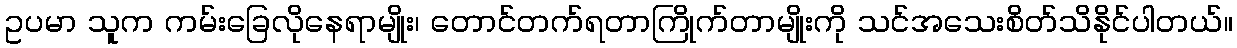
ဥပမာ သူက ကမ်းခြေလိုနေရာမျိုး၊ တောင်တက်ရတာကြိုက်တာမျိုးကို သင်အသေးစိတ်သိနိုင်ပါတယ်။